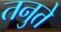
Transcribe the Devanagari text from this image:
तनुते